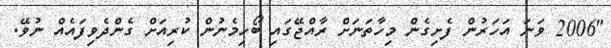
"2006 ވަނަ އަހަރުން ފެށިގެން މިހާތަނަށް ރާއްޖޭގައި ބޯހިމެނުން ކުރިއަށް ގެންދެވިފައެއް ނުވޭ.